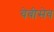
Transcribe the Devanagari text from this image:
चेबीसेव